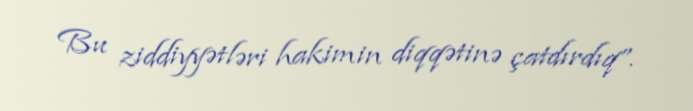
Bu ziddiyyətləri hakimin diqqətinə çatdırdıq”.